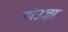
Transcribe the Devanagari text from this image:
बोउज़ा